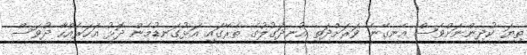
ތިޔަ ކުދިންނަށްވެސް އެނގޭނެ ވަރަށްދަތި އުނދަގުލުގެ ތެރޭގައި އަޅުގަނޑުމެން ދޮޅު އަހަރެއްހާ ދުވަސް